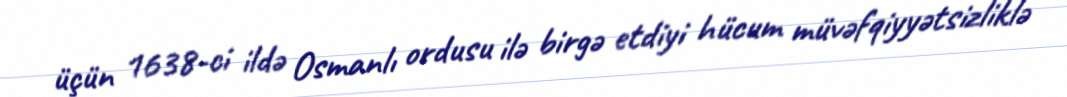
üçün 1638-ci ildə Osmanlı ordusu ilə birgə etdiyi hücum müvəfqiyyətsizliklə